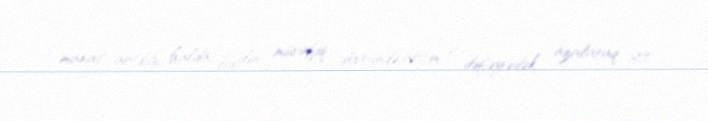
manat artdığı halda, bu ilin müvafiq dövründə artım 2 dəfəyədək azalaraq 600